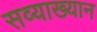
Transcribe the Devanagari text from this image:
सव्याख्यान